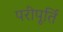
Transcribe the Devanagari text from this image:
परीपूर्ति